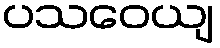
ပသဝေယျ